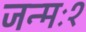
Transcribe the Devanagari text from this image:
जन्मः१